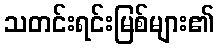
သတင်းရင်းမြစ်များ၏